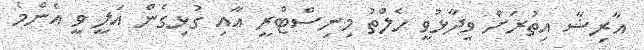
އާރިޝާ އިތުރަށް ވިދާޅުވީ ހެލްތު މިނިސްޓްރީ އާއި ގުޅިގެން އަލީ ވީ އެންމެ